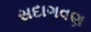
સદાગવણ